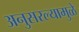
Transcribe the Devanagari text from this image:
अनुसरल्यामुळे